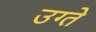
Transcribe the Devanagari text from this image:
उग्ते